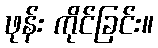
ဖုန်း ကိုင်ခြင်း။